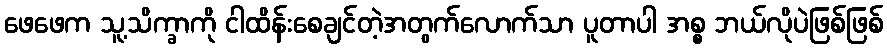
ဖေဖေက သူ့သိက္ခာကို ငါထိန်းစေချင်တဲ့အတွက်လောက်သာ ပူတာပါ အစ္စ ဘယ်လိုပဲဖြစ်ဖြစ်